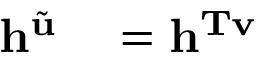
\begin{array} { r l } { \mathbf { h } ^ { \tilde { \mathbf { u } } } } & { { } = \mathbf { h } ^ { \mathbf { T v } } } \end{array}